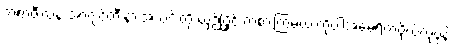
ဘရာဇီးလ်နဲ့ အာဂျင်တီးနားအသင်းတို့ ယှဉ်ပြိုင် ကစားကြမယ့် ကိုပါအမေရိကဗိုလ်လုပွဲနဲ့